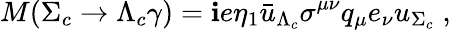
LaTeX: M(\Sigma_{c}\to\Lambda_{c}\gamma)=\mathbf{i}e\eta_{1}{\bar{{u}}}_{\Lambda_{c}}\sigma^{\mu\nu}q_{\mu}e_{\nu}u_{\Sigma_{c}}\; ,